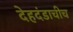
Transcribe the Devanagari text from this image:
देहदंडाचीच